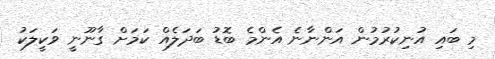
މި ބައި އުނިކުރުމުން އަންނާނެ އެންމެ ބޮޑު ބަދަލެއް ކަމަށް ގާނޫނީ ވަކީލަކު